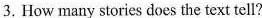
3.How many stories does the text tell?